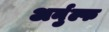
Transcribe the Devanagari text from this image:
अर्नुल्फ